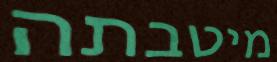
מיטבתה